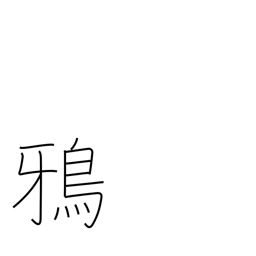
Meaning: crow